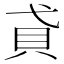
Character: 貣